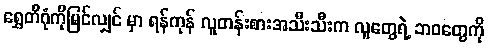
ရွှေတိဂုံကိုမြင်လျှင် မှာ ရန်ကုန် လူတန်းစားအသီးသီးက လူတွေရဲ့ ဘဝတွေကို